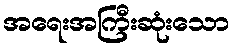
အရေးအကြီးဆုံးသော